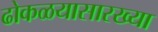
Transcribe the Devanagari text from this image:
ढोकळयासारख्या